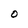
Character: 0